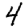
Digit: 4